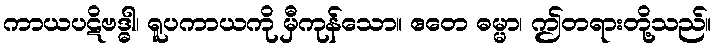
ကာယပဋိဗဒ္ဓါ၊ ရူပကာယကို မှီကုန်သော။ ဧတေ ဓမ္မာ၊ ဤတရားတို့သည်။